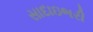
સાદાઇભરી